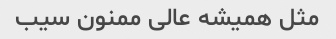
مثل همیشه عالی ممنون سیب